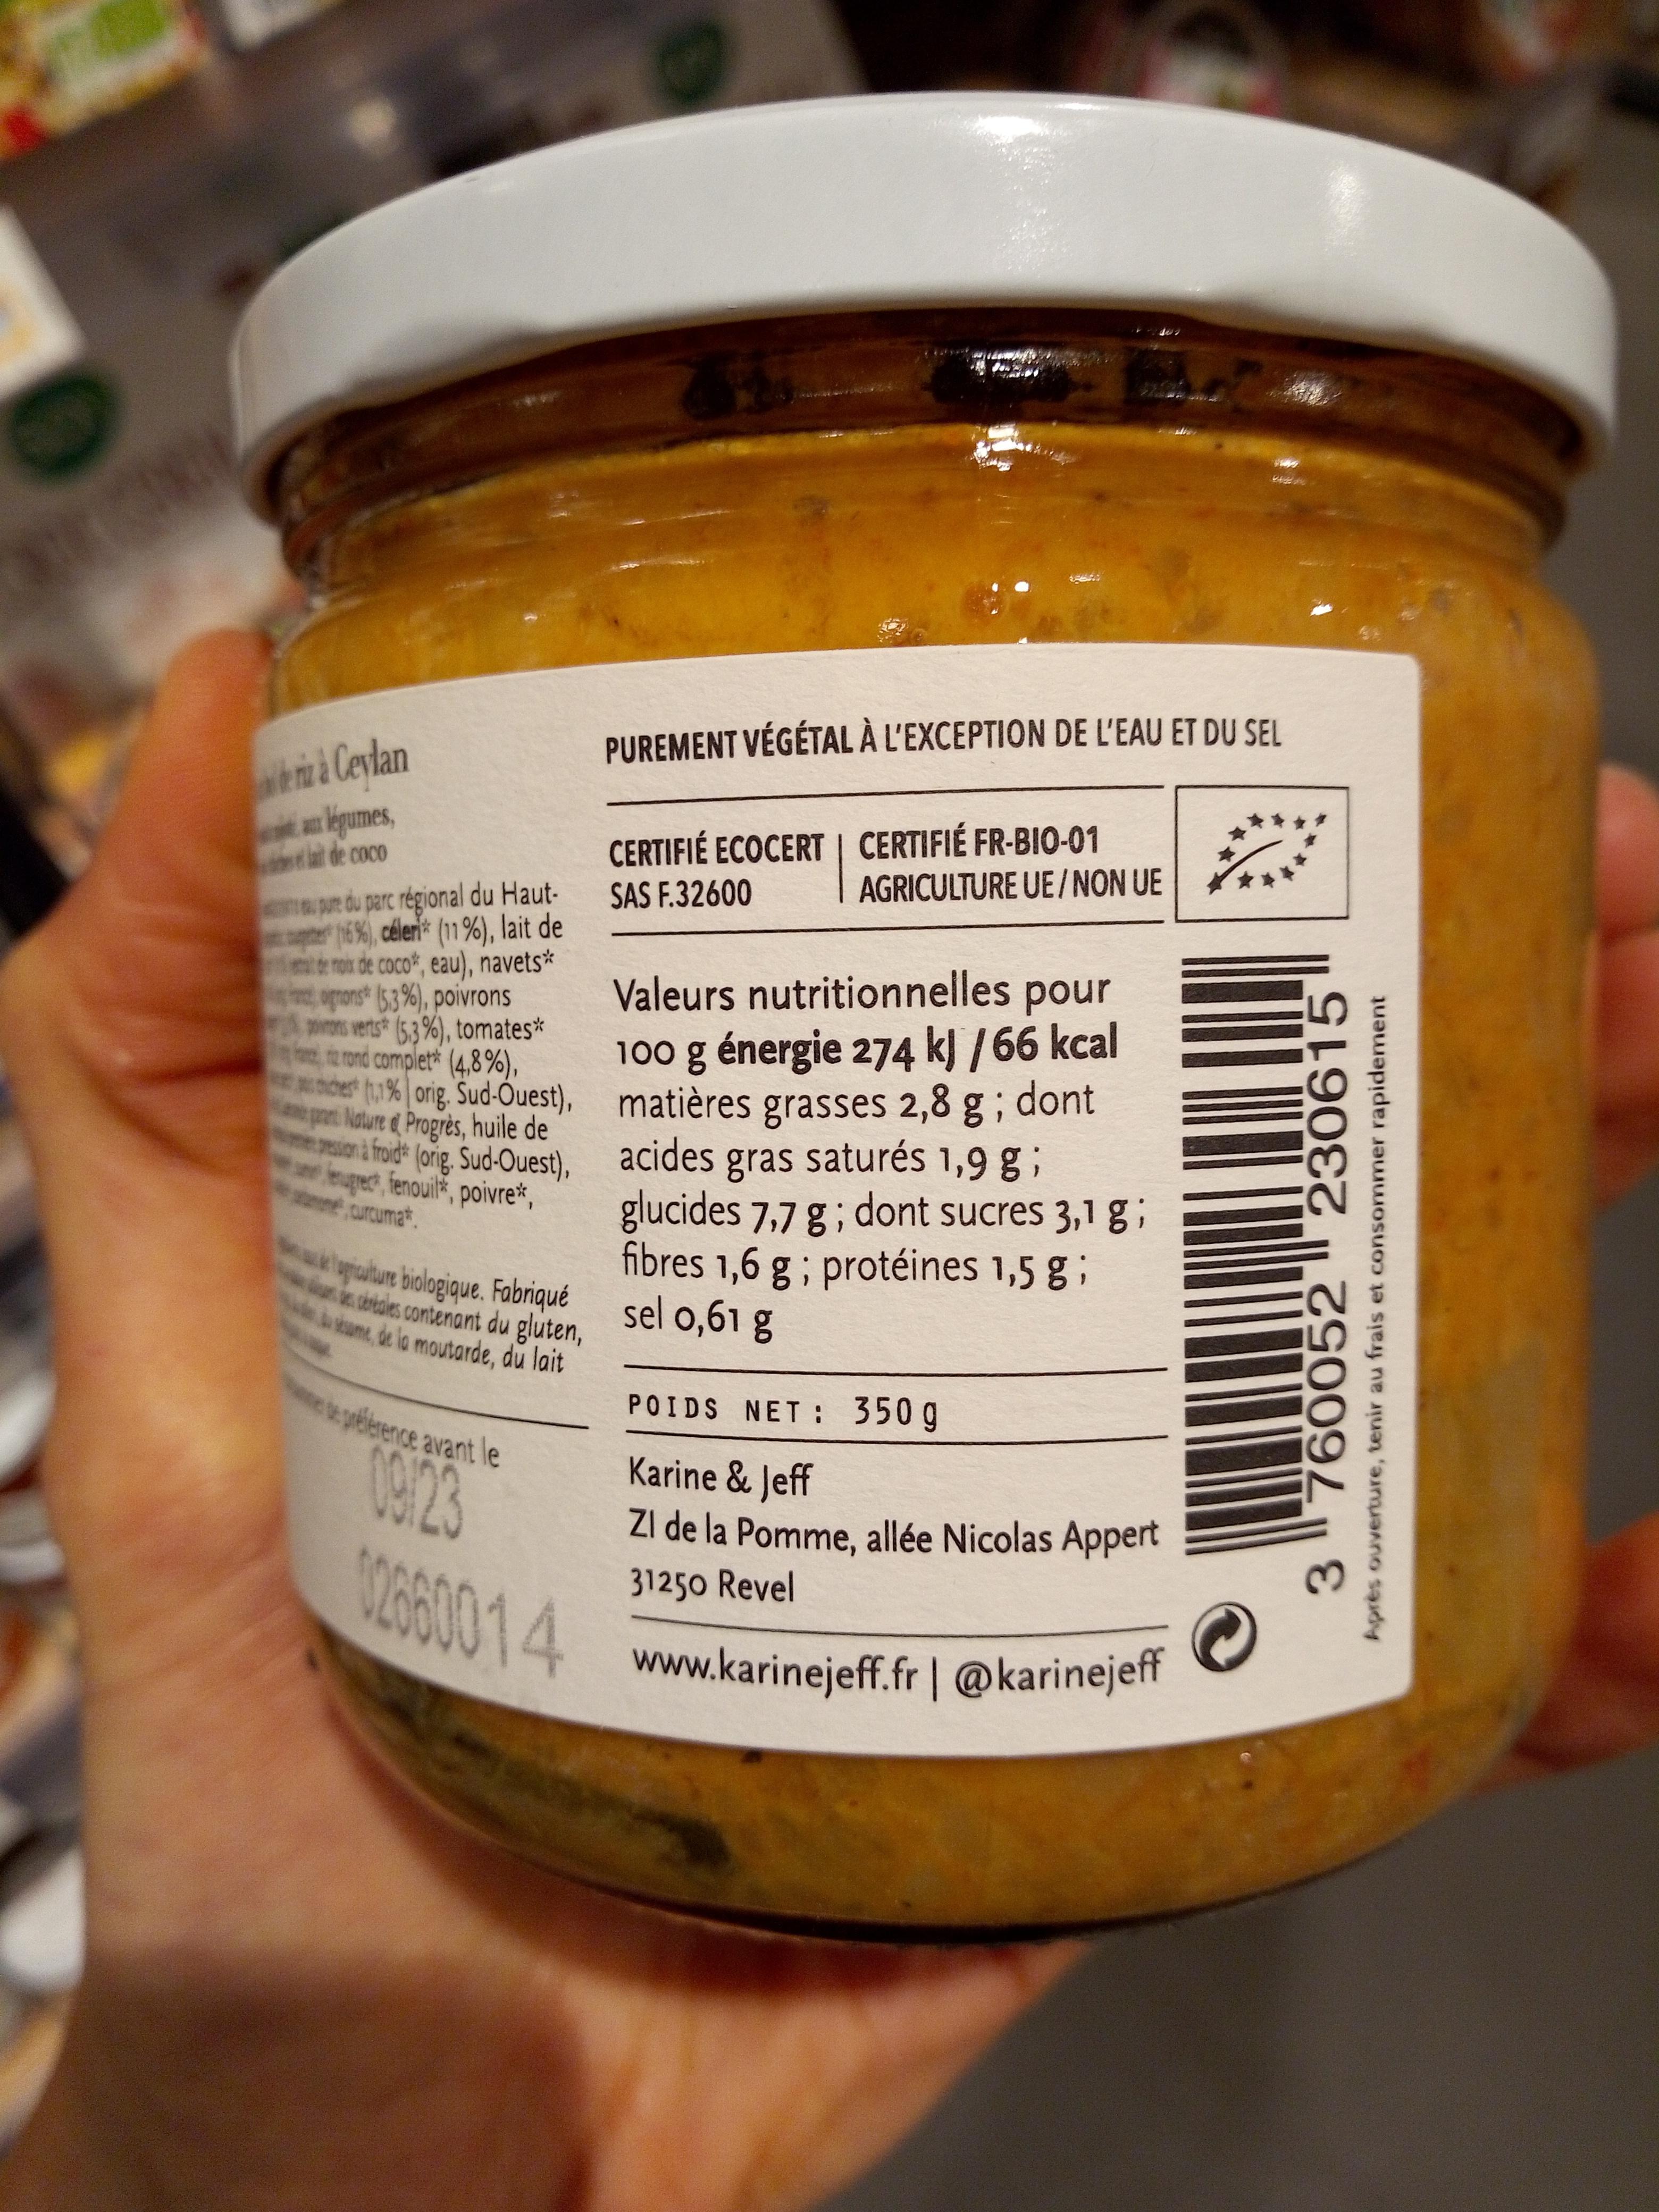
PUREMENT VÉGÉTAL À L'EXCEPTION DE L'EAU ET DU SEL
wCesan
an légumes, tat de coco
CERTIFIÉ ECOCERT | CERTIFIÉ FR-BIO-01 AGRICULTURE UE/NON UE
pre du parc régional du Haut- 16%), céleri* (11%), lait de e roi de coco*, eau), navets* oprons* (53%), poivrons prons verts* (5,3%), tomates* te rond complet* (4,8%),
SAS F.32600
Valeurs nutritionnelles pour
100 g énergie 274 k) /66 kcal
% onig. Sud-Ouest), matières grasses 2,8 g; dont p Nature d Progrès, huile de
ion fodt (ong. Sud-Ouest), acides gras saturés 1,9 g; upet, fenouil, poivre*, e curcumat.
glucides 7,7 g ; dont sucres 3,1 g; fibres 1,6 g ; protéines 1,5 g;
ulure bilogique. Fabriqué sel 0,61 g i cờntoles contenant du gluten, kame, de la moutarde, du lait
POIDS NET : 350 g
pélerence avant le
T823 060014
Karine & Jeff Zi de la Pomme, allée Nicolas Appert
31250 Revel
www.karinejeff.fr | @karinejeff
3. Après ouverture, tenir au frais et consommer
760052 230615
rapidement